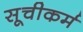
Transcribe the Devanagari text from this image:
सूचीकर्म